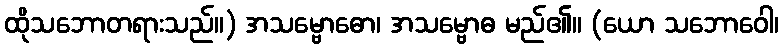
ထိုသဘောတရားသည်။) အသမ္ဗောဓော၊ အသမ္ဗောဓ မည်၏။ (ယော သဘောဝေါ၊